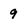
Character: 9